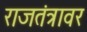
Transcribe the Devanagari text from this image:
राजतंत्रावर